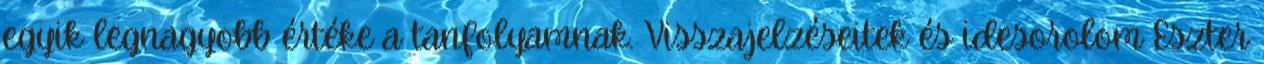
egyik legnagyobb értéke a tanfolyamnak. Visszajelzéseitek és idesorolom Eszter